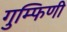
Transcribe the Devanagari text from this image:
गुम्फिणी